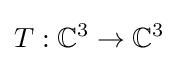
T:\mathbb {C} ^{3}\to \mathbb {C} ^{3}